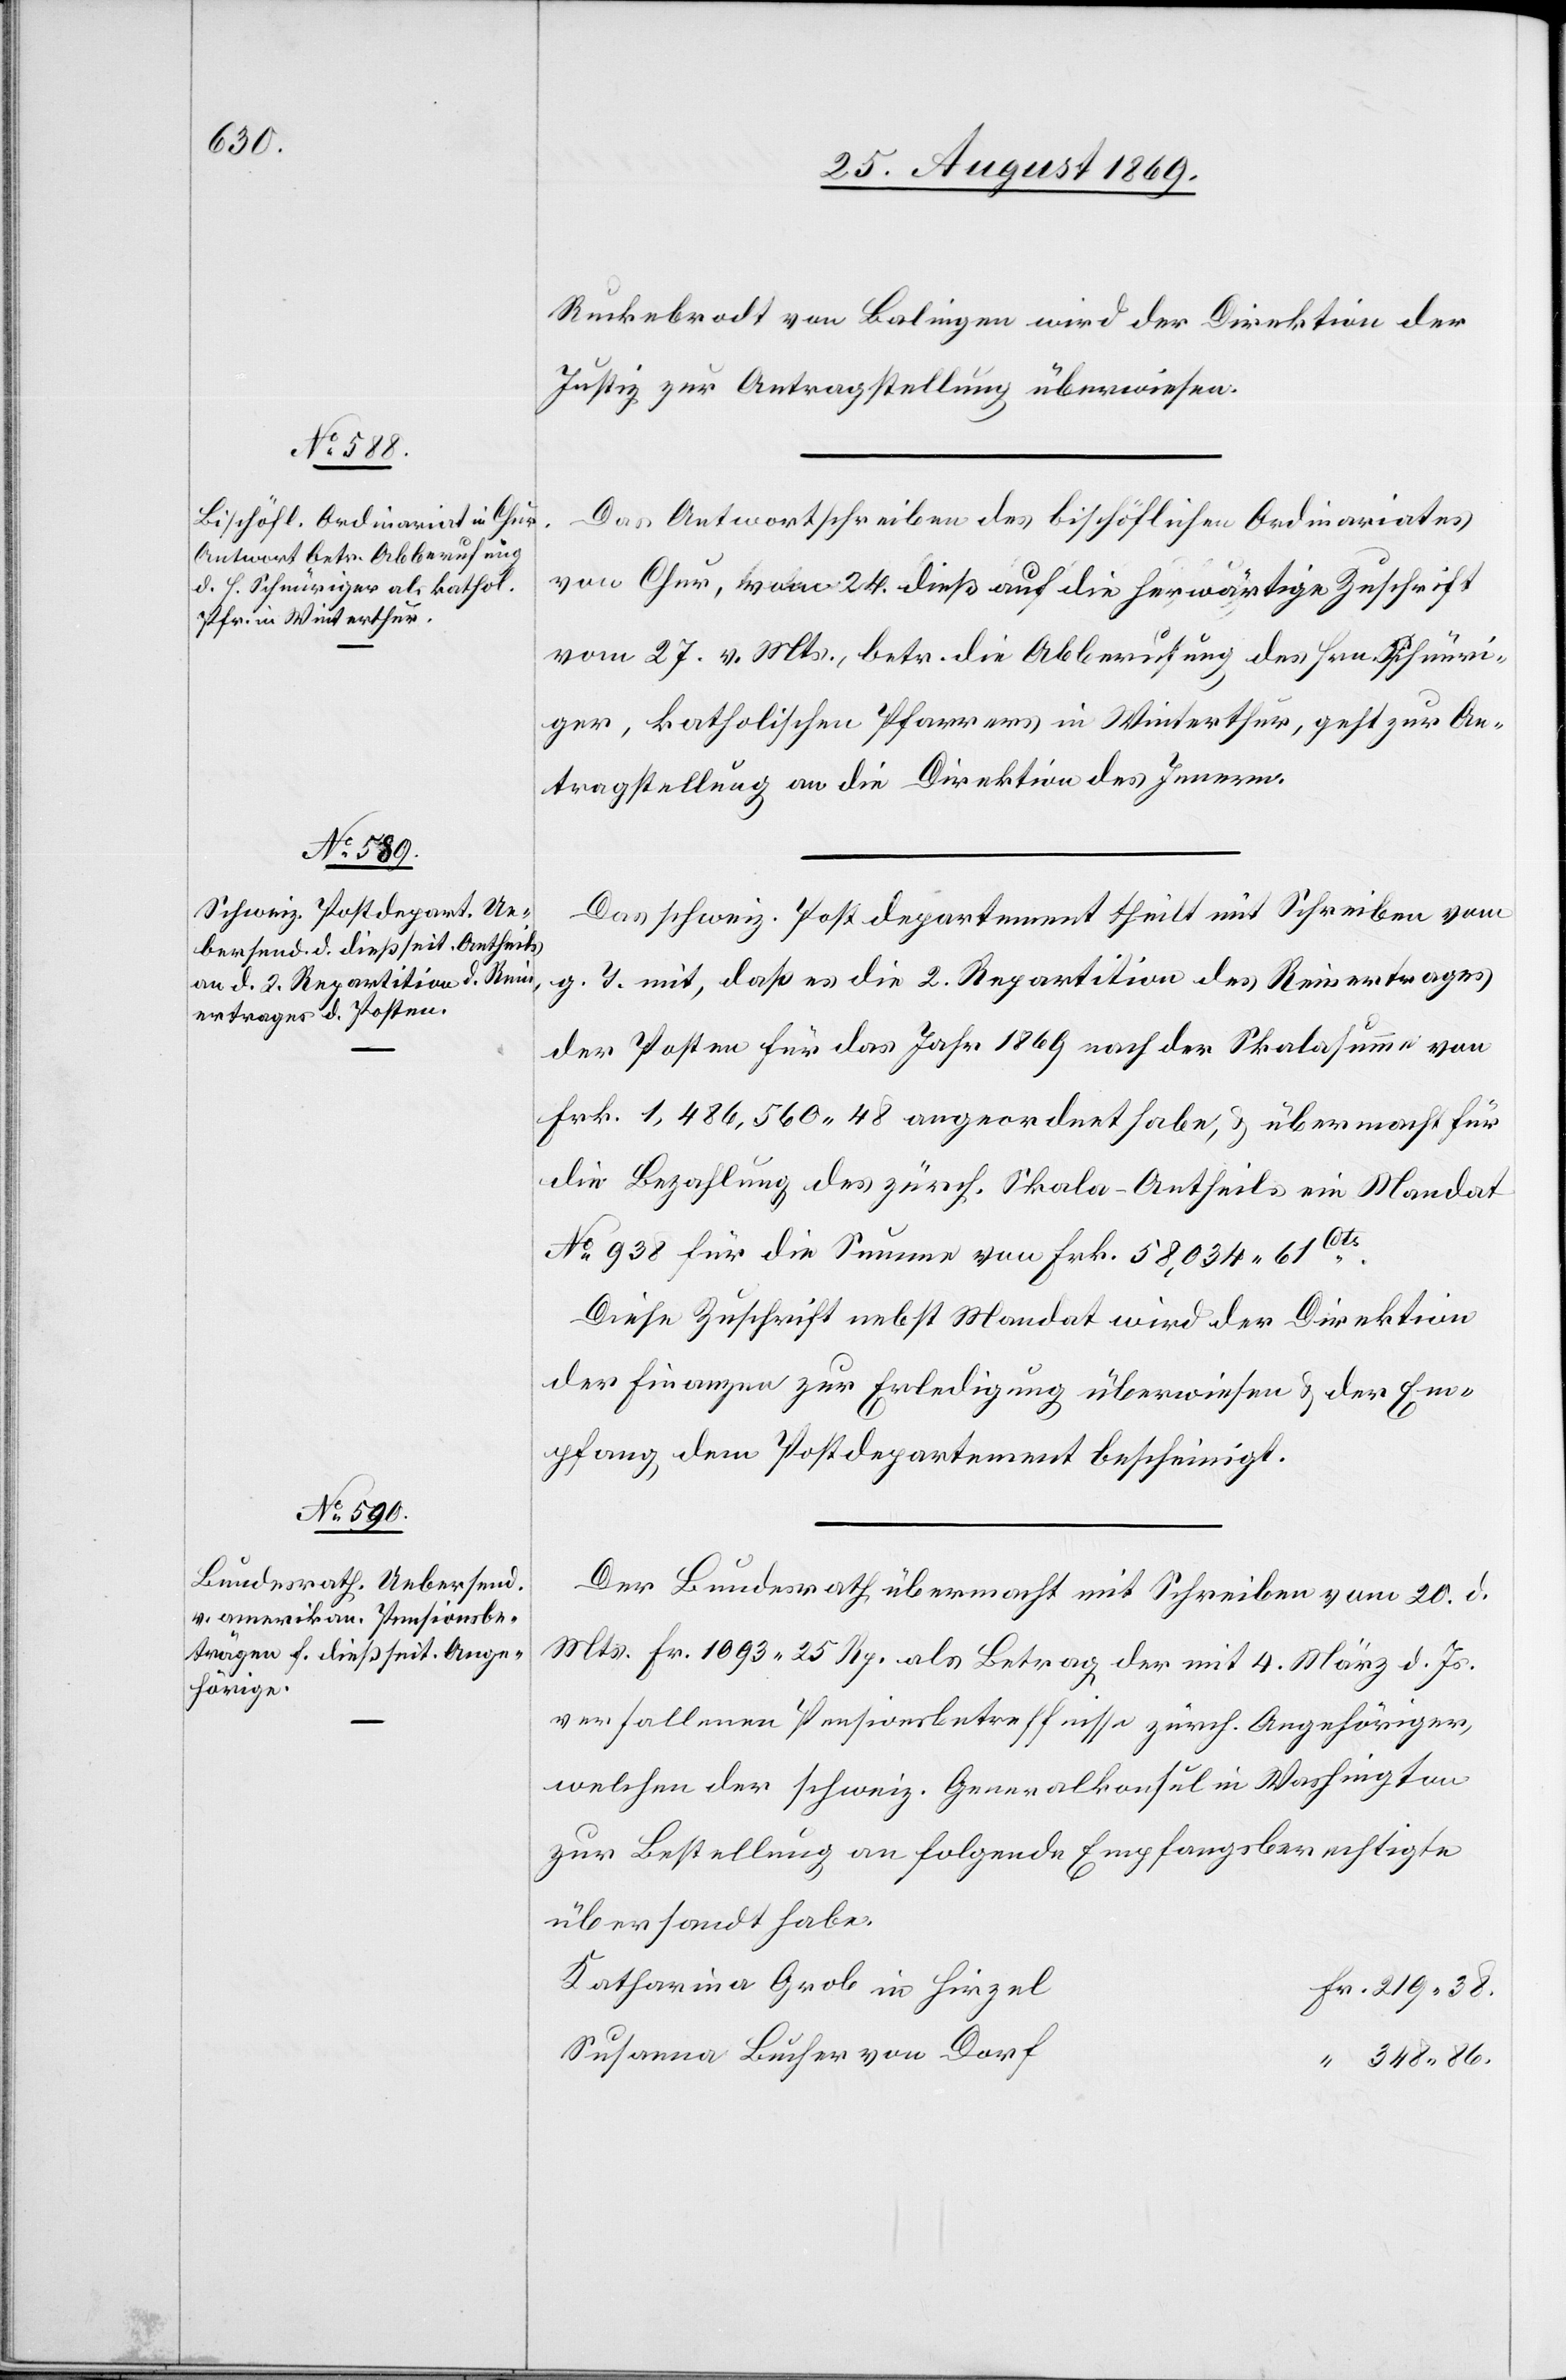
38.

26. August 1869.]
Ruckebrodt von Balingen wird der Direktion der
Justiz zur Antragstellung überwiesen.
Das Antwortschreiben des bischöflichen Ordinariates
von Chur, vom 24. dieß auf die herwärtige Zuschrift
vom 27. v. Mts., betr. die Abberufung des Hrn. Schnüri¬
ger, katholischen Pfarrers in Winterthur, geht zur An¬
tragstellung an die Direktion des Innern.
Das schweiz. Postdepartement theilt mit Schreiben vom
g. T. mit, daß es die 2. Repartition des Reinertrages
der Posten für das Jahr 1869, nach der Skalasumme von
Frk. 1,486,560 48 angeordnet habe, & übermacht für
die Bezahlung des zürch. Skala-Antheils ein Mandat
No 938 für die Summe von Frk. 58,034 61Cts.
Diese Zuschrift nebst Mandat wird der Direktion
der Finanzen zur Erledigung überwiesen & der Em¬
pfang dem Postdepartement bescheinigt.
Der Bundesrath übermacht mit Schreiben vom 20. d.
Mts. Fr. 1093 25 Rp. als Betrag der mit 4. März d. Js.
verfallenen Pensionsbetreffnisse zürch. Angehöriger,
welchen der schweiz. Generalkonsul in Washington
zur Bestellung an folgende Empfangsberechtigte
übersandt habe.
Katharina Grob in Hirzel
Susanna Bucher von Dorf
348 86.